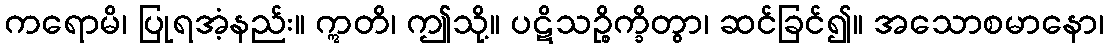
ကရောမိ၊ ပြုရအံ့နည်း။ ဣတိ၊ ဤသို့။ ပဋိသဉ္စိက္ခိတွာ၊ ဆင်ခြင်၍။ အသောစမာနော၊